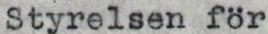
Styrelsen för